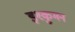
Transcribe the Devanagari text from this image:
इश्कुमन